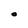
Character: 0